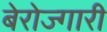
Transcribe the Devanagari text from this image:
बेरोज्गारी